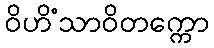
ဝိဟိံသာဝိတက္ကော